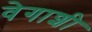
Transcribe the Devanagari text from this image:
वेगाशी